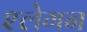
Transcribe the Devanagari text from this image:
श्लेगन